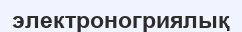
электроногриялық